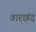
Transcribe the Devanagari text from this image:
वारछंद